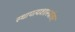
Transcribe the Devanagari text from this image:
स्थापत्यशास्त्रांवर